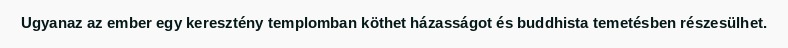
Ugyanaz az ember egy keresztény templomban köthet házasságot és buddhista temetésben részesülhet.